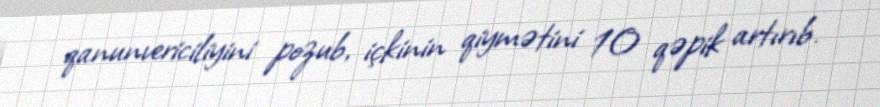
qanunvericiliyini pozub, içkinin qiymətini 10 qəpik artırıb.